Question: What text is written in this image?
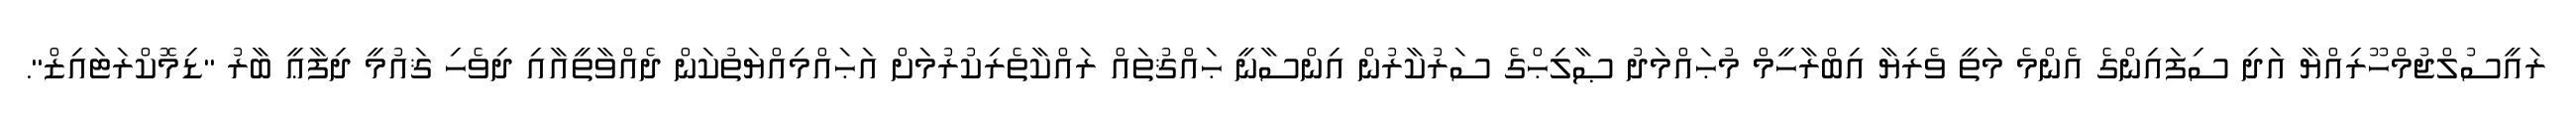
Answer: ރައީސުލްޖުމްހޫރިއްޔާ އަދި ސިފައިންގެ އެންމެ މަތީ ވެރިޔާ އިބްރާހީމް މުޙައްމަދު ޞާލިޙްގެ ސަރުކާރުން އިންސާނީ ޙައްޤުތައް ރައްކާތެރިކުރުމަށް އަޙައްމިއްޔަތުކަން ދެއްވާތީއާއި ދިވެހި ޤައުމީ ދިފާޢީ ބާރު "ޑިމޮކްރަޓައިޒް".